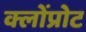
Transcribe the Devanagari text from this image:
क्लोंप्रोट